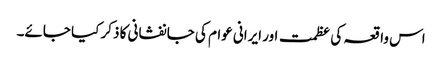
اس واقعہ کی عظمت اور ایرانی عوام کی جانفشانی کا ذکر کیا جائے۔